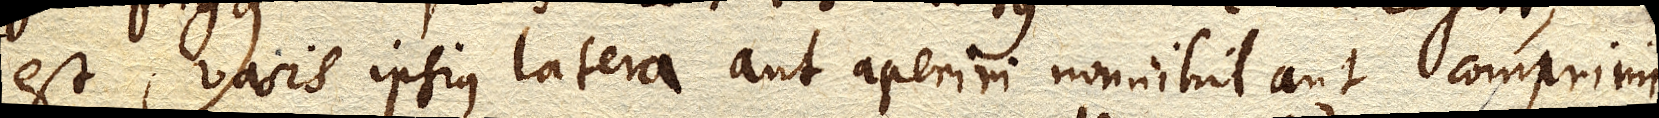
est vasis ipsius latera aut aperiri non nihil aut comprimi,